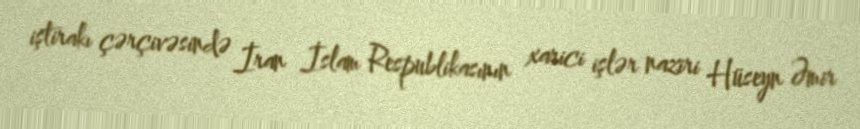
iştirakı çərçivəsində İran İslam Respublikasının xarici işlər naziri Hüseyn Əmir